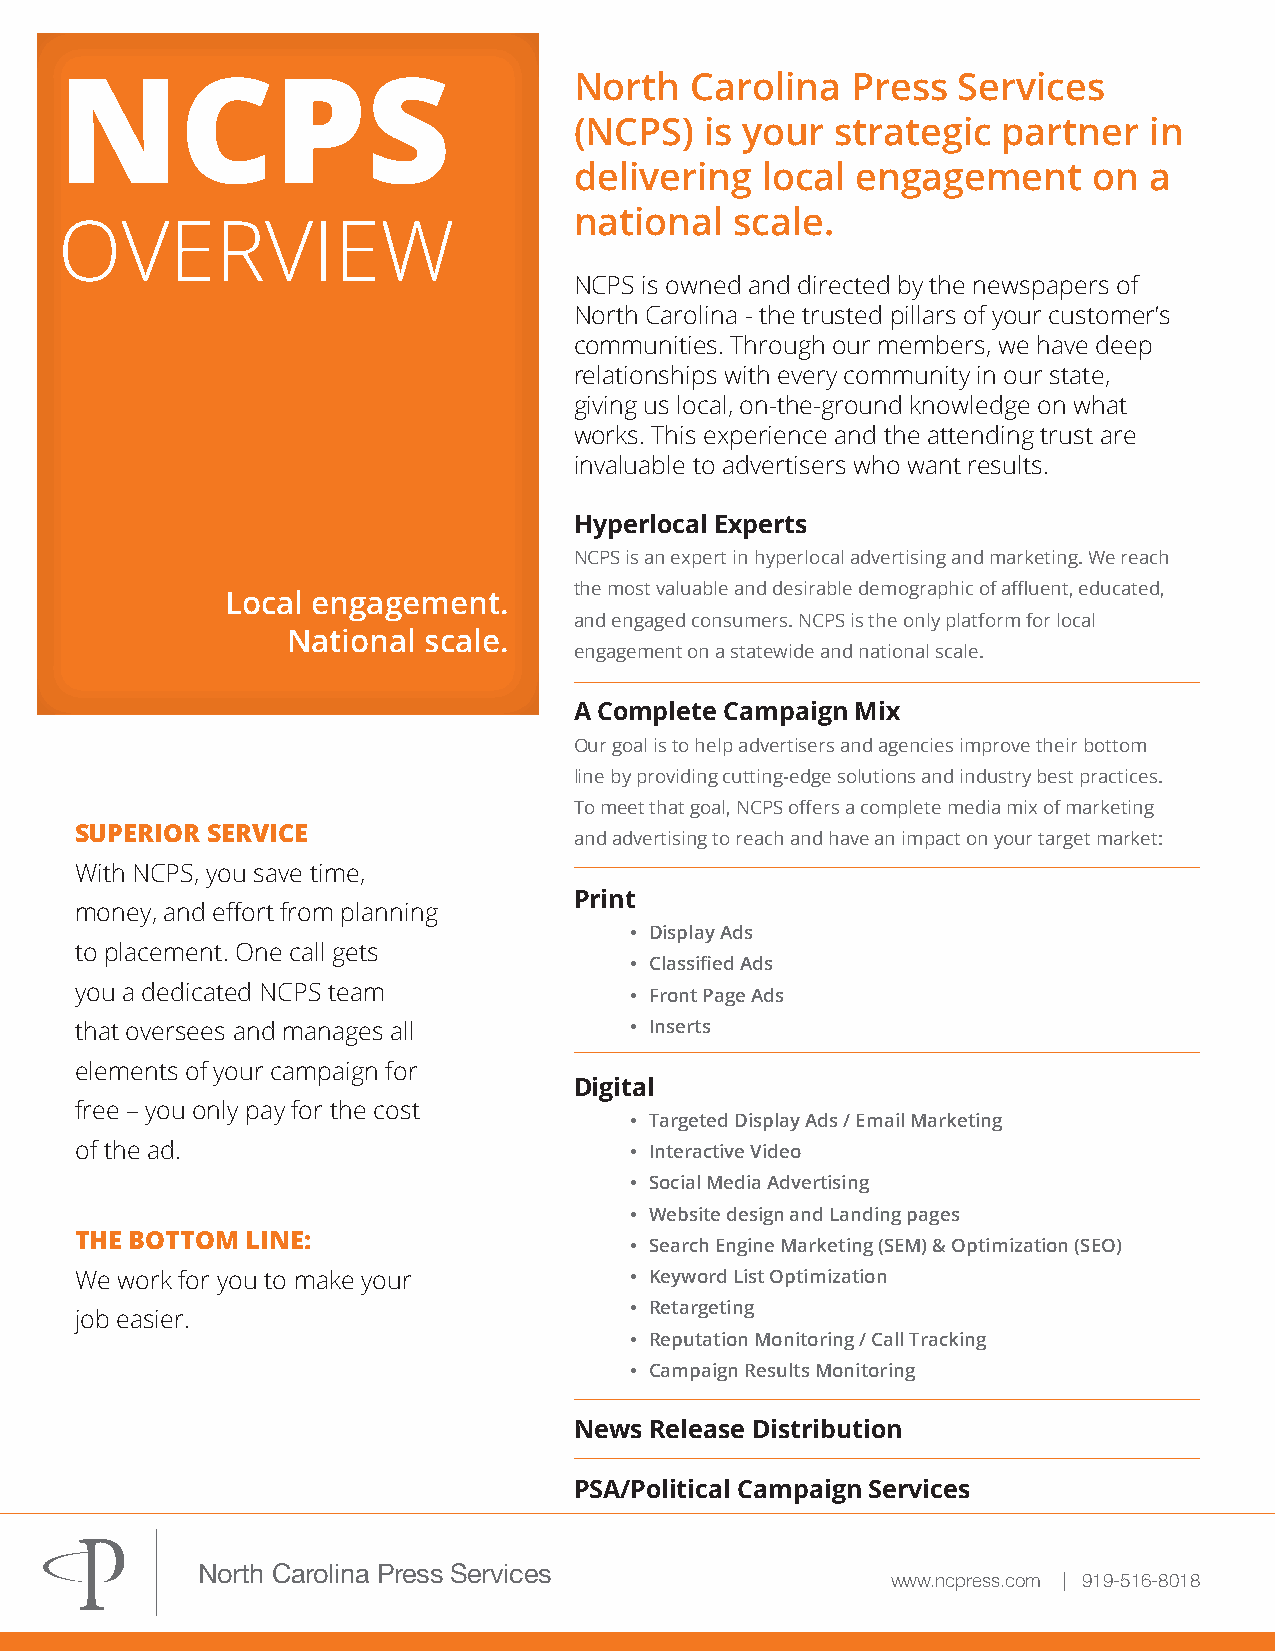
North   Carolina  Press  Services
 NCPS
 (NCPS)   is your strategic  partner   in
 delivering  local  engagement     on  a
 national   scale.
 OVERVIEW
 NCPS is owned and directed by the newspapers of
 North Carolina - the trusted pillars of your customer’s
 communities. Through our members, we have deep
 relationships with every community in our state,
 giving us local, on-the-ground knowledge on what
 works. This experience and the attending trust are
 invaluable to advertisers who want results.
 Hyperlocal Experts
 NCPS is an expert in hyperlocal advertising and marketing. We reach
 the most valuable and desirable demographic of affluent, educated,
 Local engagement.
 and engaged consumers. NCPS is the only platform for local
 National scale.
 engagement on a statewide and national scale.
 A Complete Campaign Mix
 Our goal is to help advertisers and agencies improve their bottom
 line by providing cutting-edge solutions and industry best practices.
 To meet that goal, NCPS offers a complete media mix of marketing
 SUPERIOR SERVICE
 and advertising to reach and have an impact on your target market:
 With NCPS, you save time,
 Print
 money, and effort from planning
 • Display Ads
 to placement. One call gets
 • Classified Ads
 you a dedicated NCPS team            • Front Page Ads
 that oversees and manages all        • Inserts
 elements of your campaign for
 Digital
 free – you only pay for the cost
 • Targeted Display Ads / Email Marketing
 of the ad.                           • Interactive Video
 • Social Media Advertising
 • Website design and Landing pages
 THE BOTTOM LINE:
 • Search Engine Marketing (SEM) & Optimization (SEO)
 We work for you to make your         • Keyword List Optimization
 • Retargeting
 job easier.
 • Reputation Monitoring / Call Tracking
 • Campaign Results Monitoring
 News Release Distribution
 PSA/Political Campaign Services
 North Carolina Press Services                 www.ncpress.com | 919-516-8018